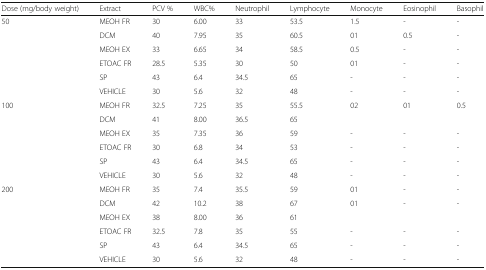
<table><thead><tr><td><b>Dose (mg/body weight)</b></td><td><b>Extract</b></td><td><b>PCV %</b></td><td><b>WBC%</b></td><td><b>Neutrophil</b></td><td><b>Lymphocyte</b></td><td><b>Monocyte</b></td><td><b>Eosinophil</b></td><td><b>Basophil</b></td></tr></thead><tbody><tr><td rowspan="6">50</td><td>MEOH FR</td><td>30</td><td>6.00</td><td>33</td><td>53.5</td><td>1.5</td><td>-</td><td>-</td></tr><tr><td>DCM</td><td>40</td><td>7.95</td><td>35</td><td>60.5</td><td>01</td><td>0.5</td><td>-</td></tr><tr><td>MEOH EX</td><td>33</td><td>6.65</td><td>34</td><td>58.5</td><td>0.5</td><td>-</td><td>-</td></tr><tr><td>ETOAC FR</td><td>28.5</td><td>5.35</td><td>30</td><td>50</td><td>01</td><td>-</td><td>-</td></tr><tr><td>SP</td><td>43</td><td>6.4</td><td>34.5</td><td>65</td><td>-</td><td>-</td><td>-</td></tr><tr><td>VEHICLE</td><td>30</td><td>5.6</td><td>32</td><td>48</td><td>-</td><td>-</td><td>-</td></tr><tr><td rowspan="6">100</td><td>MEOH FR</td><td>32.5</td><td>7.25</td><td>35</td><td>55.5</td><td>02</td><td>01</td><td>0.5</td></tr><tr><td>DCM</td><td>41</td><td>8.00</td><td>36.5</td><td>65</td><td></td><td></td><td></td></tr><tr><td>MEOH EX</td><td>35</td><td>7.35</td><td>36</td><td>59</td><td>-</td><td>-</td><td>-</td></tr><tr><td>ETOAC FR</td><td>30</td><td>6.8</td><td>34</td><td>53</td><td>-</td><td>-</td><td>-</td></tr><tr><td>SP</td><td>43</td><td>6.4</td><td>34.5</td><td>65</td><td>-</td><td>-</td><td>-</td></tr><tr><td>VEHICLE</td><td>30</td><td>5.6</td><td>32</td><td>48</td><td>-</td><td>-</td><td>-</td></tr><tr><td rowspan="6">200</td><td>MEOH FR</td><td>35</td><td>7.4</td><td>35.5</td><td>59</td><td>01</td><td>-</td><td>-</td></tr><tr><td>DCM</td><td>42</td><td>10.2</td><td>38</td><td>67</td><td>01</td><td>-</td><td>-</td></tr><tr><td>MEOH EX</td><td>38</td><td>8.00</td><td>36</td><td>61</td><td></td><td></td><td></td></tr><tr><td>ETOAC FR</td><td>32.5</td><td>7.8</td><td>35</td><td>55</td><td>-</td><td>-</td><td>-</td></tr><tr><td>SP</td><td>43</td><td>6.4</td><td>34.5</td><td>65</td><td>-</td><td>-</td><td>-</td></tr><tr><td>VEHICLE</td><td>30</td><td>5.6</td><td>32</td><td>48</td><td>-</td><td>-</td><td>-</td></tr></tbody></table>